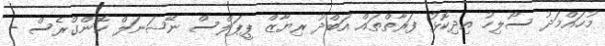
މުހައްމަދު ސޯލިހު އިދިކޮޅު ފަރާތްތައް އަބްދު ރިޔާޒް ޕީޕަލްސް ނޭޝަނަލް ކޮންގްރެސް -